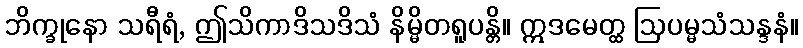
ဘိက္ခုနော သရီရံ, ဤသိကာဒိသဒိသံ နိမ္မိတရူပန္တိ။ ဣဒမေတ္ထ ဩပမ္မသံသန္ဒနံ။